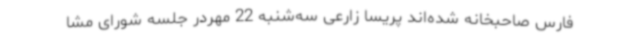
فارس صاحبخانه شده‌اند پریسا زارعی سه‌شنبه 22 مهردر جلسه شورای مشا